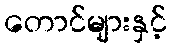
တောင်များနှင့်